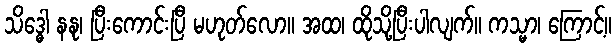
သိဒ္ဓေါ နနု၊ ပြီးကောင်းပြီ မဟုတ်လော။ အထ၊ ထိုသို့ပြီးပါလျက်။ ကသ္မာ၊ ကြောင့်။